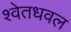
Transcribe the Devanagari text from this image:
श्वेतधवल